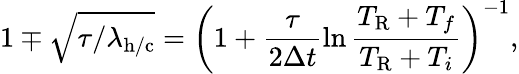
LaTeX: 1\mp\sqrt{{\tau}/{\lambda_{\mathrm{h/c}}}}=\left(1+\frac{\tau}{2\Delta t}\ln\frac{T_{\mathrm{R}}+T_{f}}{T_{\mathrm{R}}+T_{i}}\right)^{-1},